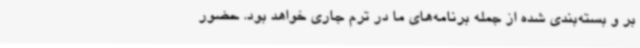
بر و بسته‌بندی شده از جمله برنامه‌های ما در ترم جاری خواهد بود. حضور